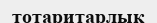
тотаритарлық